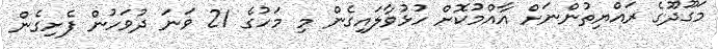
މަގޫދޫގެ ރައްޔިތުންނަށް އާއްމުކޮށް ހުޅުވާލައިގެން މި މަހުގެ 21 ވަނަ ދުވަހުން ފެށިގެން